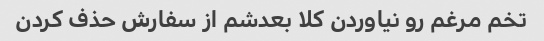
تخم مرغم رو نیاوردن کلا بعدشم از سفارش حذف کردن